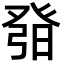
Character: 𤼰